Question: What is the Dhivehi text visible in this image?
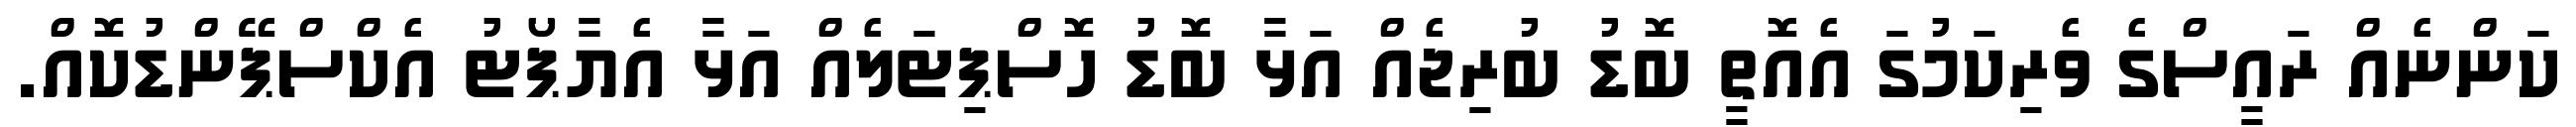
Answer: ކަންނެއް ރައީސްގެ ވެރިކަމުގަ އެއޮތީ ބޮޑު ބުރިޖެއް އަޅާ ބޮޑު ހޮސްޕިޓަލެއް އަޅާ އެޔާޕޯޓު އެކްސްޕޭންޑުކޮއް.